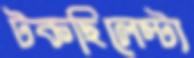
টকছিলেস্ট্য